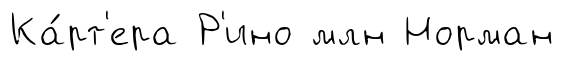
Ка́рт'ера Р'ино млн Норман